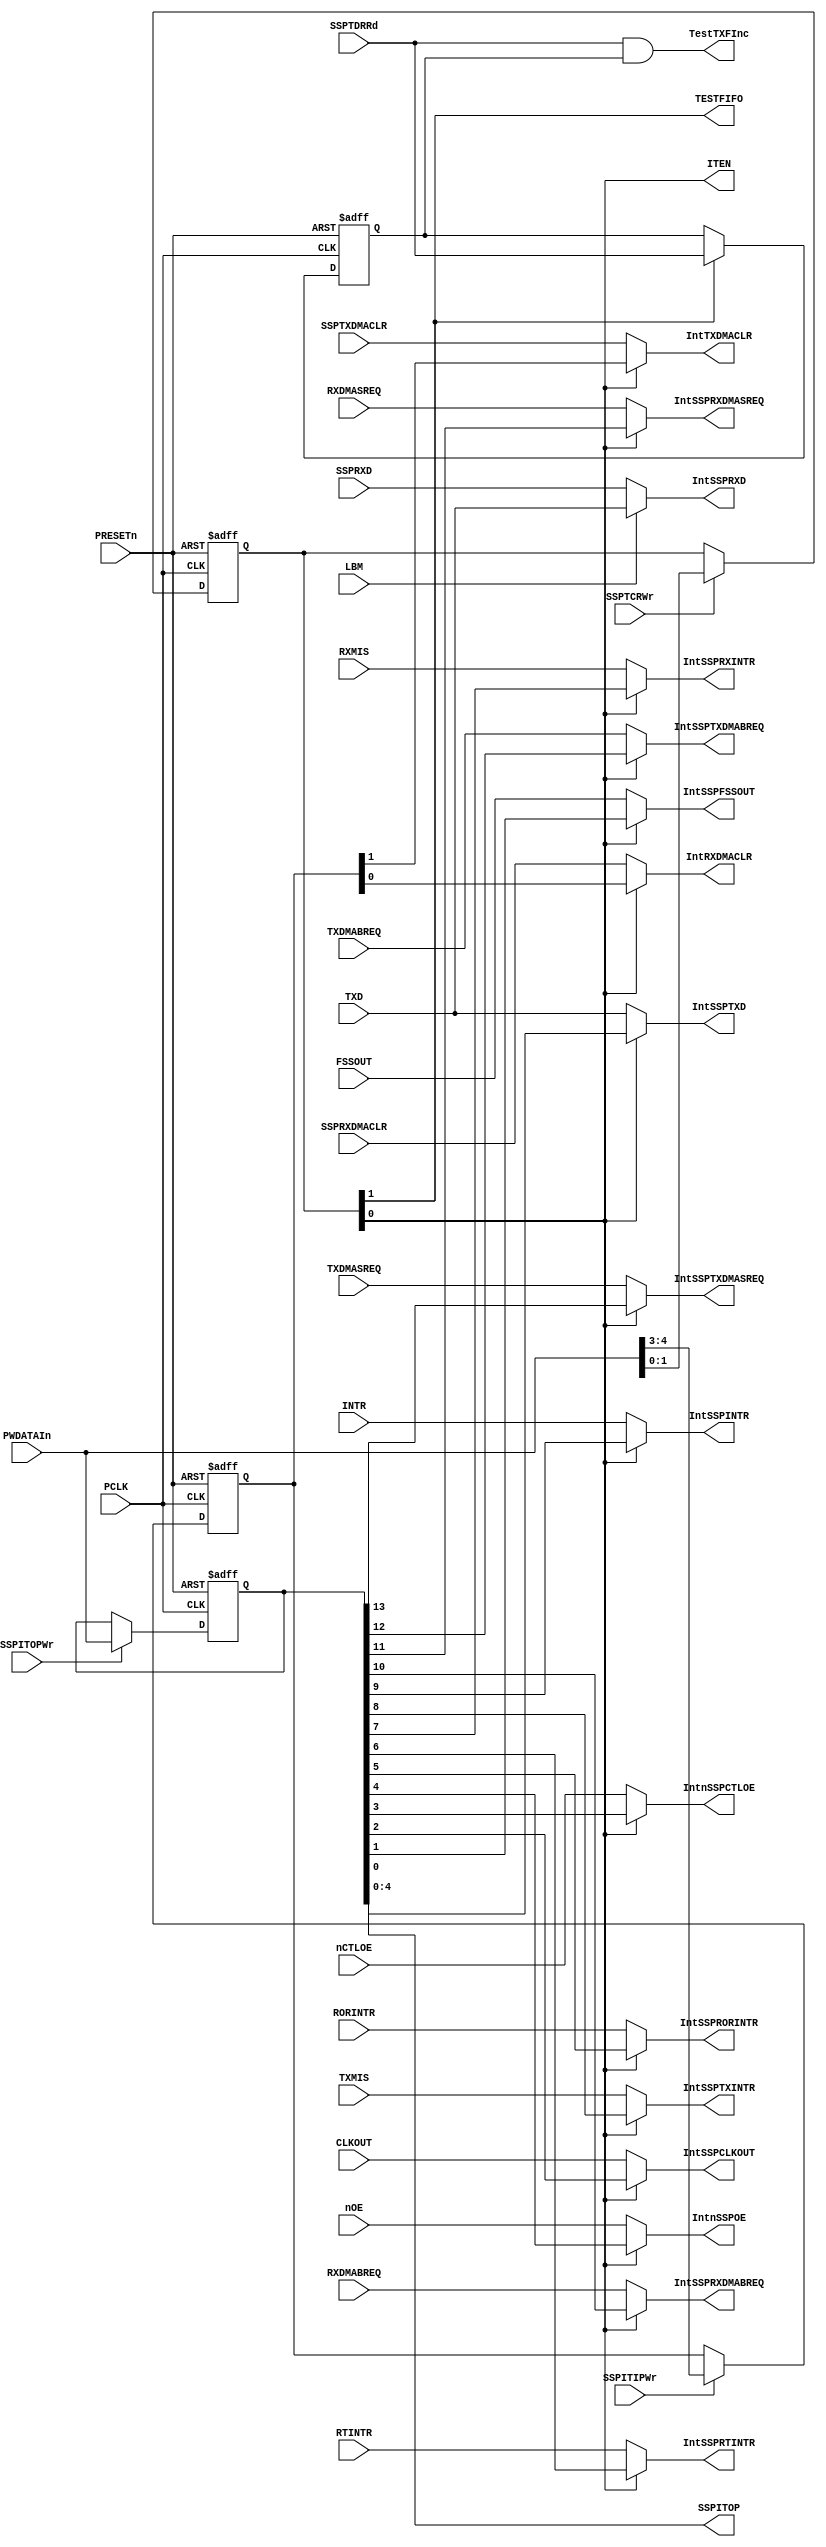
// --=========================================================================--
//  This confidential and proprietary software may be used only as
//  authorised by a licensing agreement from ARM Limited
//    (C) COPYRIGHT 2007-2008 ARM Limited
//        ALL RIGHTS RESERVED
//  The entire notice above must be reproduced on all authorised
//  opies and copies may only be made to the extent permitted
//  by a licensing agreement from ARM Limited.
// -----------------------------------------------------------------------------
//  Version and Release Control Information:
//
//  File Revision          : 20360
//
//  Release Information : Cortex-M0 DesignStart-r2p0-00rel0
// -----------------------------------------------------------------------------
 
// -----------------------------------------------------------------------------
// Purpose      : Test logic to facilitate controlled clocking of the 
//                design
// --=========================================================================--

module SspTest (
               PCLK,
          
               PRESETn,
          
               PWDATAIn,
            
               LBM,
          
               SSPRXD,

               TXMIS,
               RXMIS,
               RORINTR,
               RTINTR,
               INTR,

               TXDMASREQ,
               TXDMABREQ,
               RXDMASREQ,
               RXDMABREQ,

               FSSOUT,
               CLKOUT,
               TXD,
               nCTLOE,
               nOE,
          
               SSPTCRWr,
               SSPITIPWr,
               SSPITOPWr,
               SSPTDRRd,
               SSPTXDMACLR,
               SSPRXDMACLR,
           
               IntSSPRXD,

          
               IntTXDMACLR,
               IntRXDMACLR,
          
               IntSSPTXDMASREQ, 
               IntSSPTXDMABREQ,
               IntSSPRXDMASREQ,
               IntSSPRXDMABREQ,
               IntSSPINTR,
               IntSSPTXINTR,
               IntSSPRXINTR,
               IntSSPRTINTR,
               IntSSPRORINTR,
                  
               IntSSPFSSOUT,
               IntSSPCLKOUT,
               IntSSPTXD,
               IntnSSPCTLOE,
               IntnSSPOE,

               SSPITOP,
          
               TESTFIFO,
               ITEN,
 
               TestTXFInc
              );

input         PCLK;              // APB bus clock

input         PRESETn;           // AMBA bus reset

input [13:0]  PWDATAIn;          // Int PWDATA

input         LBM;               // Loopback mode

input         SSPRXD;            // Serial receive input (pad)

input         TXMIS;             // TX interrupt signal
input         RXMIS;             // RX interrupt signal
input         RORINTR;           // Receive Over Run signal
input         RTINTR;            // Receive Time Out signal
input         INTR;              // Combined interrupt signal

input         TXDMASREQ;         //  TX DMA Single Request
input         TXDMABREQ;         //  TX DMA Burst  Request
input         RXDMASREQ;         //  RX DMA Single Request
input         RXDMABREQ;         //  RX DMA Burst  Request

input         FSSOUT;            // Serial FrameOut signal
input         CLKOUT;            // Serial Clock signal
input         TXD;               // Serial Transmit signal
input         nCTLOE;            // SSP Control Enable signal
input         nOE;               // SSP Data Enable signal

input         SSPTCRWr;          // Write enable for SSPTCR
input         SSPITIPWr;         // Write enable for SSPITIP
input         SSPITOPWr;         // Write enable for SSPITOP
input         SSPTDRRd;          // Read  enable for SSPTDR
input         SSPTXDMACLR;       // TX DMA Clear
input         SSPRXDMACLR;       // RX DMA Clear

output        IntSSPRXD;         // SSPRXD   loop back mode test mux


output        IntTXDMACLR;       // SSPTXDMACLR  test mux output ITIP(4)
output        IntRXDMACLR;       // SSPRXDMACLR  test mux output ITIP(3)

output        IntSSPTXDMASREQ;   // SSPTXDMASREQ test mux output ITOP(13)
output        IntSSPTXDMABREQ;   // SSPTXDMABREQ test mux output ITOP(12)
output        IntSSPRXDMASREQ;   // SSPRXDMASREQ test mux output ITOP(11)
output        IntSSPRXDMABREQ;   // SSPRXDMABREQ test mux output ITOP(10)
output        IntSSPINTR;        // INTR         test mux output ITOP(9)
output        IntSSPTXINTR;      // TXINTR       test mux output ITOP(8)
output        IntSSPRXINTR;      // RXINTR       test mux output ITOP(7)
output        IntSSPRTINTR;      // RTINTR       test mux output ITOP(6)
output        IntSSPRORINTR;     // RORINTR      test mux output ITOP(5)

output        IntSSPFSSOUT;      // FSSOUT       test mux output ITOP(4)
output        IntSSPCLKOUT;      // CLKOUT       test mux output ITOP(3)
output        IntSSPTXD;         // SSPTXD       test mux output ITOP(2)
output        IntnSSPCTLOE;      // SSPCTLOE     test mux output ITOP(1)
output        IntnSSPOE;         // SSPOE        test mux output ITOP(0)

output [4:0]  SSPITOP;           // SSPITOP Register output

output        TESTFIFO;          // SSPTCR Bit 1
output        ITEN;              // SSPTCR Bit 0
output        TestTXFInc;        //  Read pointer increment signal for Tx fifo

// -----------------------------------------------------------------------------
//                               SspTest
//                               =======
// -----------------------------------------------------------------------------
// Overview
// ========
// This module contains the Test mode registers. It performs the following
// functions :

// -----------------------------------------------------------------------------
// Register declarations
// -----------------------------------------------------------------------------

reg [1:0]   SSPTCR; 
// SSP Test Control Register

reg [4:3]   SSPITIP; 
// SSP Integration test input Register

reg [13:0]  iSSPITOP; 
// SSP Integration test output Register

reg [1:0]   NextSSPTCR; 
// D-input of iSSPTCR

reg [4:3]   NextSSPITIP; 
// D-input of SSPITIP

reg [13:0]  NextiSSPITOP; 
// D-input of iSSPITOP

reg delSSPTDRRd;
// delayed version of SSPTDRRd

reg NextdelSSPTDRRd;
// D-input of SSPTDRRd

// TESTFIFO;
// Test Signal to enable writing into Rx fifo and read from Tx fifo
// Test Fifo signal allows data to be written to the Rx fifo and
// read  from the Tx fifo.  When set to 0 the Tx fifo can only be
// written to and the Rx fifo read from.
  
// -----------------------------------------------------------------------------
// Test control signals
// -----------------------------------------------------------------------------

// ITEN;
// Integration test enable. When set to 1, the SSPITIP and
// iSSPITOP registers are used to read/write values to the inputs
// and outputs.
  
// -----------------------------------------------------------------------------
// 
// Main body of code
// =================
//
// -----------------------------------------------------------------------------

assign ITEN      = SSPTCR[0];
assign TESTFIFO  = SSPTCR[1];
assign SSPITOP   = iSSPITOP[4:0];

// -----------------------------------------------------------------------------
// Write interface for Test mode Registers
// -----------------------------------------------------------------------------
always @(SSPTCRWr or PWDATAIn or SSPTCR or SSPITIPWr or SSPITIP or SSPITOPWr or
                 iSSPITOP)
begin : p_Comb
  if (SSPTCRWr)
    NextSSPTCR = PWDATAIn[1:0];
  else
    NextSSPTCR = SSPTCR;

  if (SSPITIPWr)
    NextSSPITIP = PWDATAIn[4:3];
  else
    NextSSPITIP = SSPITIP;

  if (SSPITOPWr)
    NextiSSPITOP = PWDATAIn[13:0];
  else
    NextiSSPITOP = iSSPITOP;
end // p_Comb;

// -----------------------------------------------------------------------------
// Test mode Registers
// -----------------------------------------------------------------------------
always @(posedge PCLK or negedge PRESETn)
begin : p_Seq
  if(~PRESETn)
  begin
    SSPTCR  <= 2'b00;
    SSPITIP <= 2'b00;
    iSSPITOP <= 14'b00000000000000;
  end
  else
  begin
    SSPTCR  <= NextSSPTCR;
    SSPITIP <= NextSSPITIP;
    iSSPITOP <= NextiSSPITOP;
  end
end // p_Seq;

// ---------------------------------------------------------------------
// Generate Read pointer Increment signals for TestFifo
// mode when reading from the Tx fifo.
// ---------------------------------------------------------------------

always @(SSPTCR or SSPTDRRd or delSSPTDRRd)
begin : p_TXTestFptrIncComb
  if (SSPTCR[1])
    NextdelSSPTDRRd = SSPTDRRd;
  else
    NextdelSSPTDRRd = delSSPTDRRd;
end // p_TXTestFptrIncComb;    

always @(posedge PCLK or negedge PRESETn)
begin : p_TXTestFptrIncSeq
  if(~PRESETn)
    delSSPTDRRd <= 1'b0;
  else
    delSSPTDRRd <= NextdelSSPTDRRd;
end // p_TXTestFptrIncSeq;    


assign TestTXFInc = SSPTDRRd & delSSPTDRRd;

// -----------------------------------------------------------------------------
// If the LBM input is asserted, IntSSPRXD is connected to TXD to
// implement loopback, else connected to SSPRXD pad input.
// -----------------------------------------------------------------------------

assign IntSSPRXD  = (LBM == 1'b1) ? TXD : SSPRXD;
               
// --------------------------------------------------------------------
// Intra chip inputs.
// If SSPTCR[0] (Integration test enable bit) is high, the SSPITIP
// register value is used; else the functional mode input is driven on
// the DMACLR signals.
// --------------------------------------------------------------------
 
assign IntTXDMACLR = (SSPTCR[0] == 1'b1) ? SSPITIP[4] : SSPTXDMACLR;

assign IntRXDMACLR = (SSPTCR[0] == 1'b1) ? SSPITIP[3] : SSPRXDMACLR;

// --------------------------------------------------------------------
// Intra chip outputs.
// If SSPTCR[0] ITEN (Integration test enable bit) is high,the iSSPITOP
// register value is used; else the functional mode value is driven
// on to the port.
// --------------------------------------------------------------------

assign IntSSPTXDMASREQ = (SSPTCR[0] == 1'b1) ? iSSPITOP[13] : TXDMASREQ;

assign IntSSPTXDMABREQ = (SSPTCR[0] == 1'b1) ? iSSPITOP[12] : TXDMABREQ;

assign IntSSPRXDMASREQ = (SSPTCR[0] == 1'b1) ? iSSPITOP[11] : RXDMASREQ;

assign IntSSPRXDMABREQ = (SSPTCR[0] == 1'b1) ? iSSPITOP[10] : RXDMABREQ;
  
assign IntSSPINTR      = (SSPTCR[0] == 1'b1) ? iSSPITOP[9]  : INTR;
  
assign IntSSPTXINTR    = (SSPTCR[0] == 1'b1) ? iSSPITOP[8]  : TXMIS;

assign IntSSPRXINTR    = (SSPTCR[0] == 1'b1) ? iSSPITOP[7]  : RXMIS;

assign IntSSPRTINTR    = (SSPTCR[0] == 1'b1) ? iSSPITOP[6]  : RTINTR;
  
assign IntSSPRORINTR   = (SSPTCR[0] == 1'b1) ? iSSPITOP[5]  : RORINTR;

// --------------------------------------------------------------------
// Primary Output Mux
// If SSPTCR[0] ITEN (Integration test enable bit) is high,the iSSPITOP
// register value is used; else the functional mode value is driven
// on to the pin.
// --------------------------------------------------------------------


assign IntnSSPOE       = (SSPTCR[0] == 1'b1) ? iSSPITOP[4] : nOE;

assign IntnSSPCTLOE    = (SSPTCR[0] == 1'b1) ? iSSPITOP[3] : nCTLOE;

assign IntSSPCLKOUT    = (SSPTCR[0] == 1'b1) ? iSSPITOP[2] : CLKOUT;

assign IntSSPFSSOUT    = (SSPTCR[0] == 1'b1) ? iSSPITOP[1] : FSSOUT;

assign IntSSPTXD       = (SSPTCR[0] == 1'b1) ? iSSPITOP[0] : TXD;

endmodule

// --===================================== End ===============================--